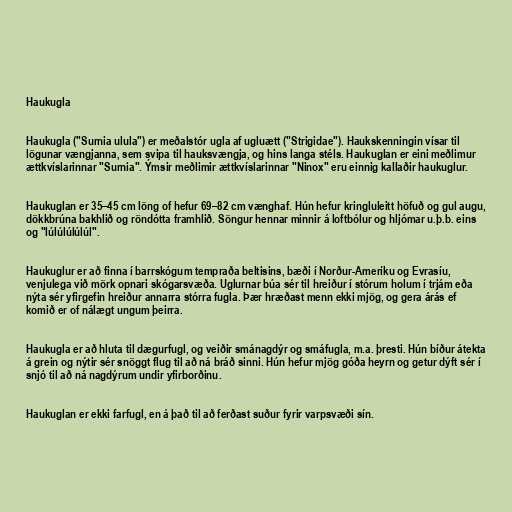
Haukugla

Haukugla ("Surnia ulula") er meðalstór ugla af ugluætt ("Strigidae"). Haukskenningin vísar til
lögunar vængjanna, sem svipa til hauksvængja, og hins langa stéls. Haukuglan er eini meðlimur
ættkvíslarinnar "Surnia". Ýmsir meðlimir ættkvíslarinnar "Ninox" eru einnig kallaðir haukuglur.

Haukuglan er 35–45 cm löng of hefur 69–82 cm vænghaf. Hún hefur kringluleitt höfuð og gul augu,
dökkbrúna bakhlið og röndótta framhlið. Söngur hennar minnir á loftbólur og hljómar u.þ.b. eins
og "lúlúlúlúlúl".

Haukuglur er að finna í barrskógum tempraða beltisins, bæði í Norður-Ameríku og Evrasíu,
venjulega við mörk opnari skógarsvæða. Uglurnar búa sér til hreiður í stórum holum í trjám eða
nýta sér yfirgefin hreiður annarra stórra fugla. Þær hræðast menn ekki mjög, og gera árás ef
komið er of nálægt ungum þeirra.

Haukugla er að hluta til dægurfugl, og veiðir smánagdýr og smáfugla, m.a. þresti. Hún bíður átekta
á grein og nýtir sér snöggt flug til að ná bráð sinni. Hún hefur mjög góða heyrn og getur dýft sér í
snjó til að ná nagdýrum undir yfirborðinu.

Haukuglan er ekki farfugl, en á það til að ferðast suður fyrir varpsvæði sín.